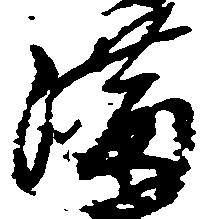
満